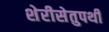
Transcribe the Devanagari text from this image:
शेरीसेतुपथी